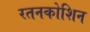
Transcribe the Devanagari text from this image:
रतनकोशिन